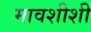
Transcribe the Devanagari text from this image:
मावशीशी